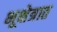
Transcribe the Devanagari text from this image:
भूक्षेत्रात